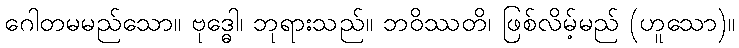
ဂေါတမမည်သော။ ဗုဒ္ဓေါ၊ ဘုရားသည်။ ဘဝိဿတိ၊ ဖြစ်လိမ့်မည် (ဟူသော)။